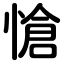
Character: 愴